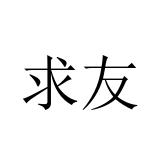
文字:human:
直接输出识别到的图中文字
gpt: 求友